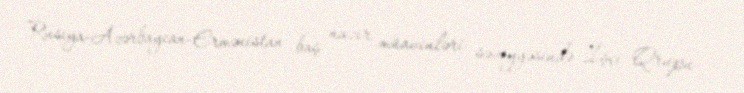
Rusiya-Azərbaycan-Ermənistan baş nazir müavinləri səviyyəsində İşçi Qrupu